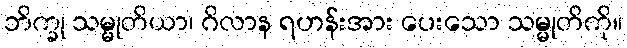
ဘိက္ခု သမ္မုတိယာ၊ ဂိလာန ရဟန်းအား ပေးသော သမ္မုတိကို။